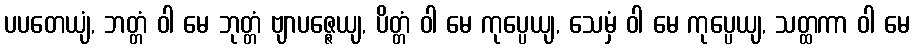
ပပတေယျံ, ဘတ္တံ ဝါ မေ ဘုတ္တံ ဗျာပဇ္ဇေယျ, ပိတ္တံ ဝါ မေ ကုပ္ပေယျ, သေမှံ ဝါ မေ ကုပ္ပေယျ, သတ္ထကာ ဝါ မေ